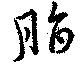
脂